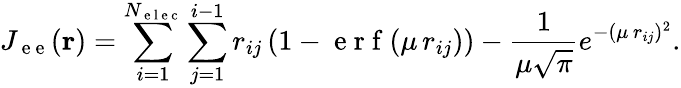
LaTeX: J_{\mathrm{~e~e~}}(\mathbf{r})=\sum_{i=1}^{N_{\mathrm{~e~l~e~c~}}}\sum_{j=1}^{i-1}r_{ij}\left(1-\mathrm{~e~r~f~}(\mu\, r_{ij})\right)-\frac{1}{\mu\sqrt{\pi}}e^{-(\mu\, r_{ij})^{2}}.